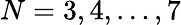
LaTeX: N=3,4,\dots,7